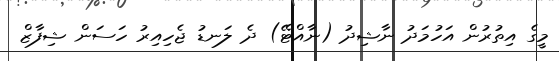
މީގެ އިތުރުން އަހުމަދު ނާޝިދު (ނާއްޓޭ) ދެ ލަނޑު ޖެހިއިރު ހަސަން ޝިފާޒް